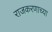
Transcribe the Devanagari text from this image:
राजकरणाच्या